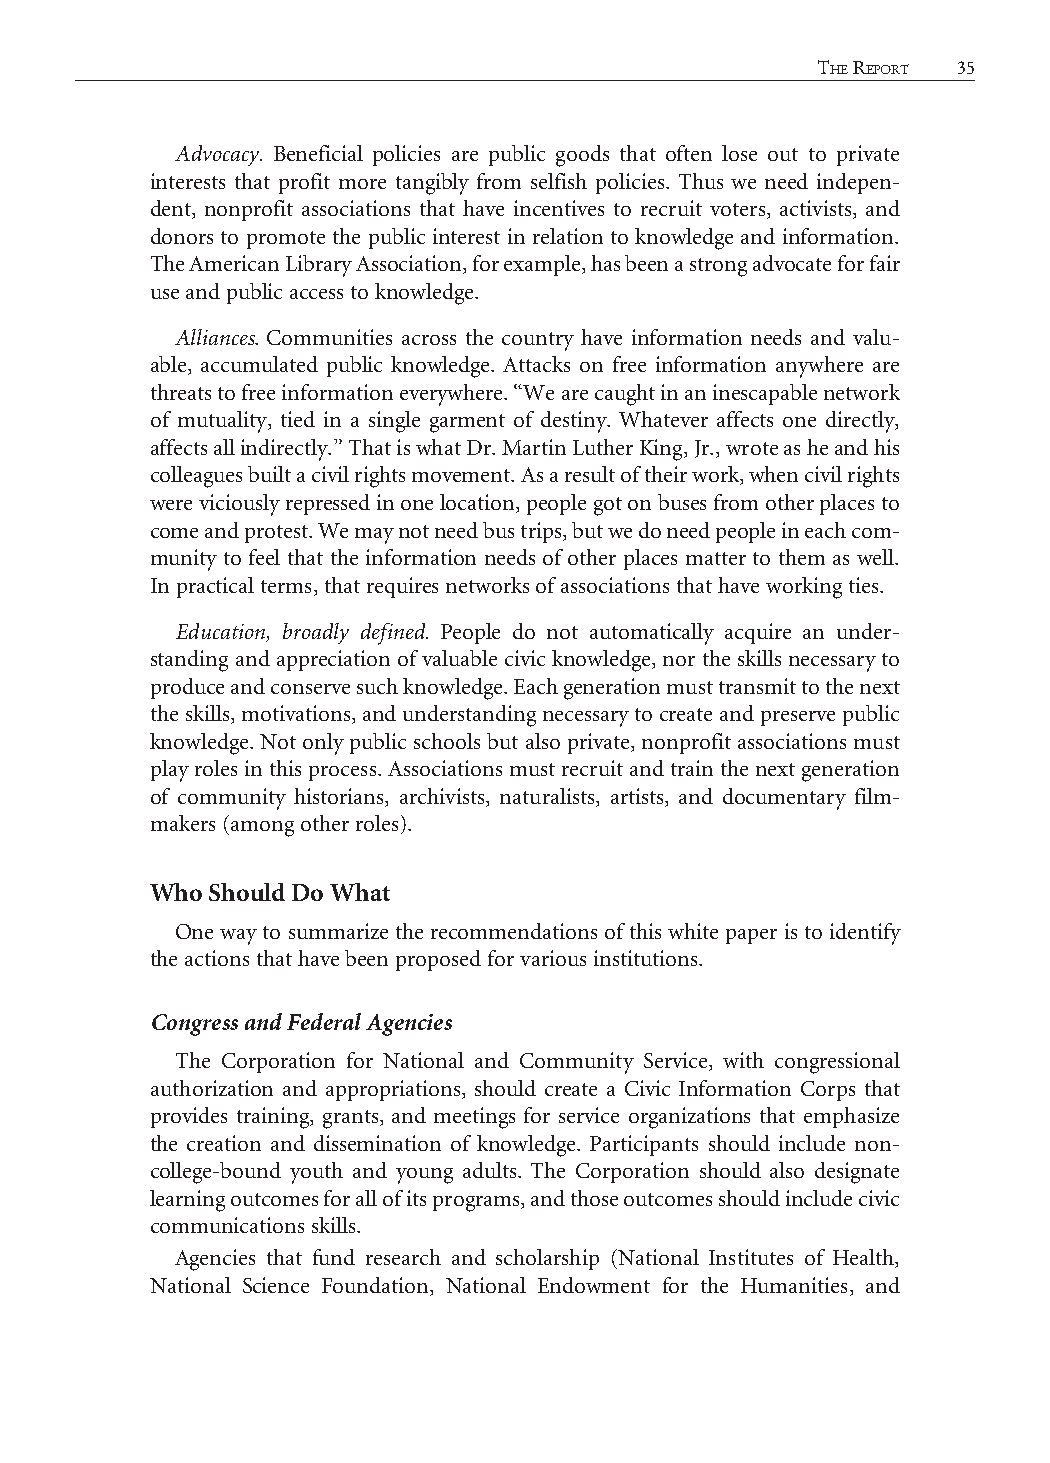
34 CiviC EngagEmEnt and Community information         thE rEport 35
 Advocacy. Beneficial policies are public goods that often lose out to private
 interests that profit more tangibly from selfish policies. Thus we need indepen-
 dent, nonprofit associations that have incentives to recruit voters, activists, and
 donors to promote the public interest in relation to knowledge and information.
 The American Library Association, for example, has been a strong advocate for fair
 use and public access to knowledge.
 Alliances. Communities across the country have information needs and valu-
 able, accumulated public knowledge. Attacks on free information anywhere are
 threats to free information everywhere. “We are caught in an inescapable network
 of mutuality, tied in a single garment of destiny. Whatever affects one directly,
 affects all indirectly.” That is what Dr. Martin Luther King, Jr., wrote as he and his
 colleagues built a civil rights movement. As a result of their work, when civil rights
 were viciously repressed in one location, people got on buses from other places to
 come and protest. We may not need bus trips, but we do need people in each com-
 munity to feel that the information needs of other places matter to them as well.
 In practical terms, that requires networks of associations that have working ties.
 Education, broadly defined. People do not automatically acquire an under-
 standing and appreciation of valuable civic knowledge, nor the skills necessary to
 produce and conserve such knowledge. Each generation must transmit to the next
 the skills, motivations, and understanding necessary to create and preserve public
 knowledge. Not only public schools but also private, nonprofit associations must
 play roles in this process. Associations must recruit and train the next generation
 of community historians, archivists, naturalists, artists, and documentary film-
 makers (among other roles).
 Who Should Do What
 One way to summarize the recommendations of this white paper is to identify
 the actions that have been proposed for various institutions.
 Congress and Federal Agencies
 The Corporation for National and Community Service, with congressional
 authorization and appropriations, should create a Civic Information Corps that
 provides training, grants, and meetings for service organizations that emphasize
 the creation and dissemination of knowledge. Participants should include non-
 college-bound youth and young adults. The Corporation should also designate
 learning outcomes for all of its programs, and those outcomes should include civic
 communications skills.
 Agencies that fund research and scholarship (National Institutes of Health,
 National Science Foundation, National Endowment for the Humanities, and